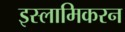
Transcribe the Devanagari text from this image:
इस्लामिकरन